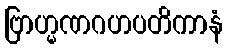
ဗြာဟ္မဏဂဟပတိကာနံ